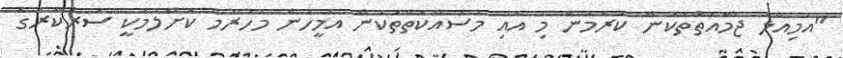
"އަމިއްލަ ޖަމާއަތްތަކުން ކުރަމުން މި އައި މަސައްކަތްތަކުން އެމީހުން މަހުރޫމް ކޮށްލުމަކީ ސަރުކާރުގެ